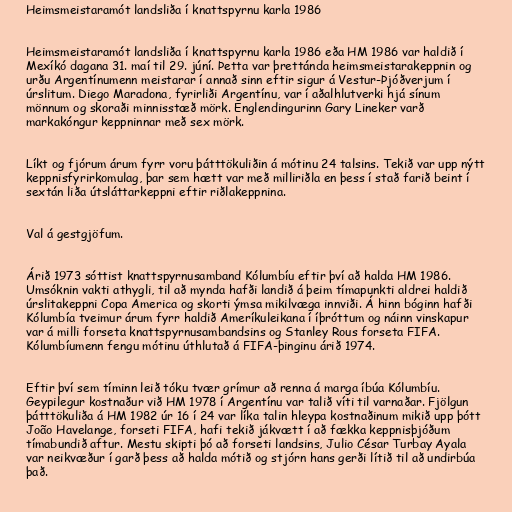
Heimsmeistaramót landsliða í knattspyrnu karla 1986

Heimsmeistaramót landsliða í knattspyrnu karla 1986 eða HM 1986 var haldið í
Mexíkó dagana 31. maí til 29. júní. Þetta var þrettánda heimsmeistarakeppnin og
urðu Argentínumenn meistarar í annað sinn eftir sigur á Vestur-Þjóðverjum í
úrslitum. Diego Maradona, fyrirliði Argentínu, var í aðalhlutverki hjá sínum
mönnum og skoraði minnisstæð mörk. Englendingurinn Gary Lineker varð
markakóngur keppninnar með sex mörk.

Líkt og fjórum árum fyrr voru þátttökuliðin á mótinu 24 talsins. Tekið var upp nýtt
keppnisfyrirkomulag, þar sem hætt var með milliriðla en þess í stað farið beint í
sextán liða útsláttarkeppni eftir riðlakeppnina.

Val á gestgjöfum.

Árið 1973 sóttist knattspyrnusamband Kólumbíu eftir því að halda HM 1986.
Umsóknin vakti athygli, til að mynda hafði landið á þeim tímapunkti aldrei haldið
úrslitakeppni Copa America og skorti ýmsa mikilvæga innviði. Á hinn bóginn hafði
Kólumbía tveimur árum fyrr haldið Ameríkuleikana í íþróttum og náinn vinskapur
var á milli forseta knattspyrnusambandsins og Stanley Rous forseta FIFA.
Kólumbíumenn fengu mótinu úthlutað á FIFA-þinginu árið 1974.

Eftir því sem tíminn leið tóku tvær grímur að renna á marga íbúa Kólumbíu.
Geypilegur kostnaður við HM 1978 í Argentínu var talið víti til varnaðar. Fjölgun
þátttökuliða á HM 1982 úr 16 í 24 var líka talin hleypa kostnaðinum mikið upp þótt
João Havelange, forseti FIFA, hafi tekið jákvætt í að fækka keppnisþjóðum
tímabundið aftur. Mestu skipti þó að forseti landsins, Julio César Turbay Ayala
var neikvæður í garð þess að halda mótið og stjórn hans gerði lítið til að undirbúa
það.